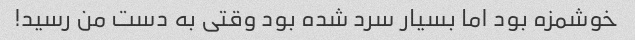
خوشمزه بود اما بسیار سرد شده بود وقتی به دست من رسید!